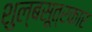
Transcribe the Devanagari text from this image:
शुल्बसूत्रकार